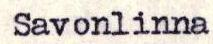
Savonlinna